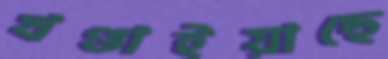
খণ্ডাইয়াছে